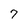
Character: 7